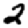
Digit: 2